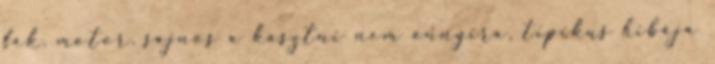
fék, motor, sajnos a kasztni nem annyira, tipikus hibája